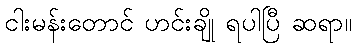
ငါးမန်းတောင် ဟင်းချို ရပါပြီ ဆရာ။